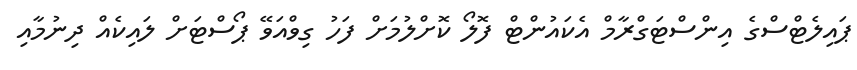
ޕައިލެޓްސްގެ އިންސްޓަގްރާމް އެކައުންޓް ފޮލޯ ކޮށްލުމަަށް ފަހު ގިވްއަވޭ ޕޯސްޓަށް ލައިކެއް ދިނުމާއި